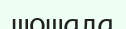
шошала